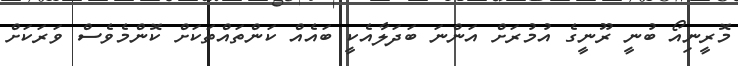
މޮރީނިއޯ ބުނީ ރޫނީގެ އުމުރަށް އަންނަ ބަދަލާއެކީ ބައެއް ކަންތައްތަކަށް ކޮންމެވެސް ވަރަކަށް